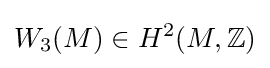
W_{3}(M)\in H^{2}(M,\mathbb {Z} )